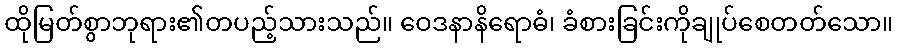
ထိုမြတ်စွာဘုရား၏တပည့်သားသည်။ ဝေဒနာနိရောဓံ၊ ခံစားခြင်းကိုချုပ်စေတတ်သော။